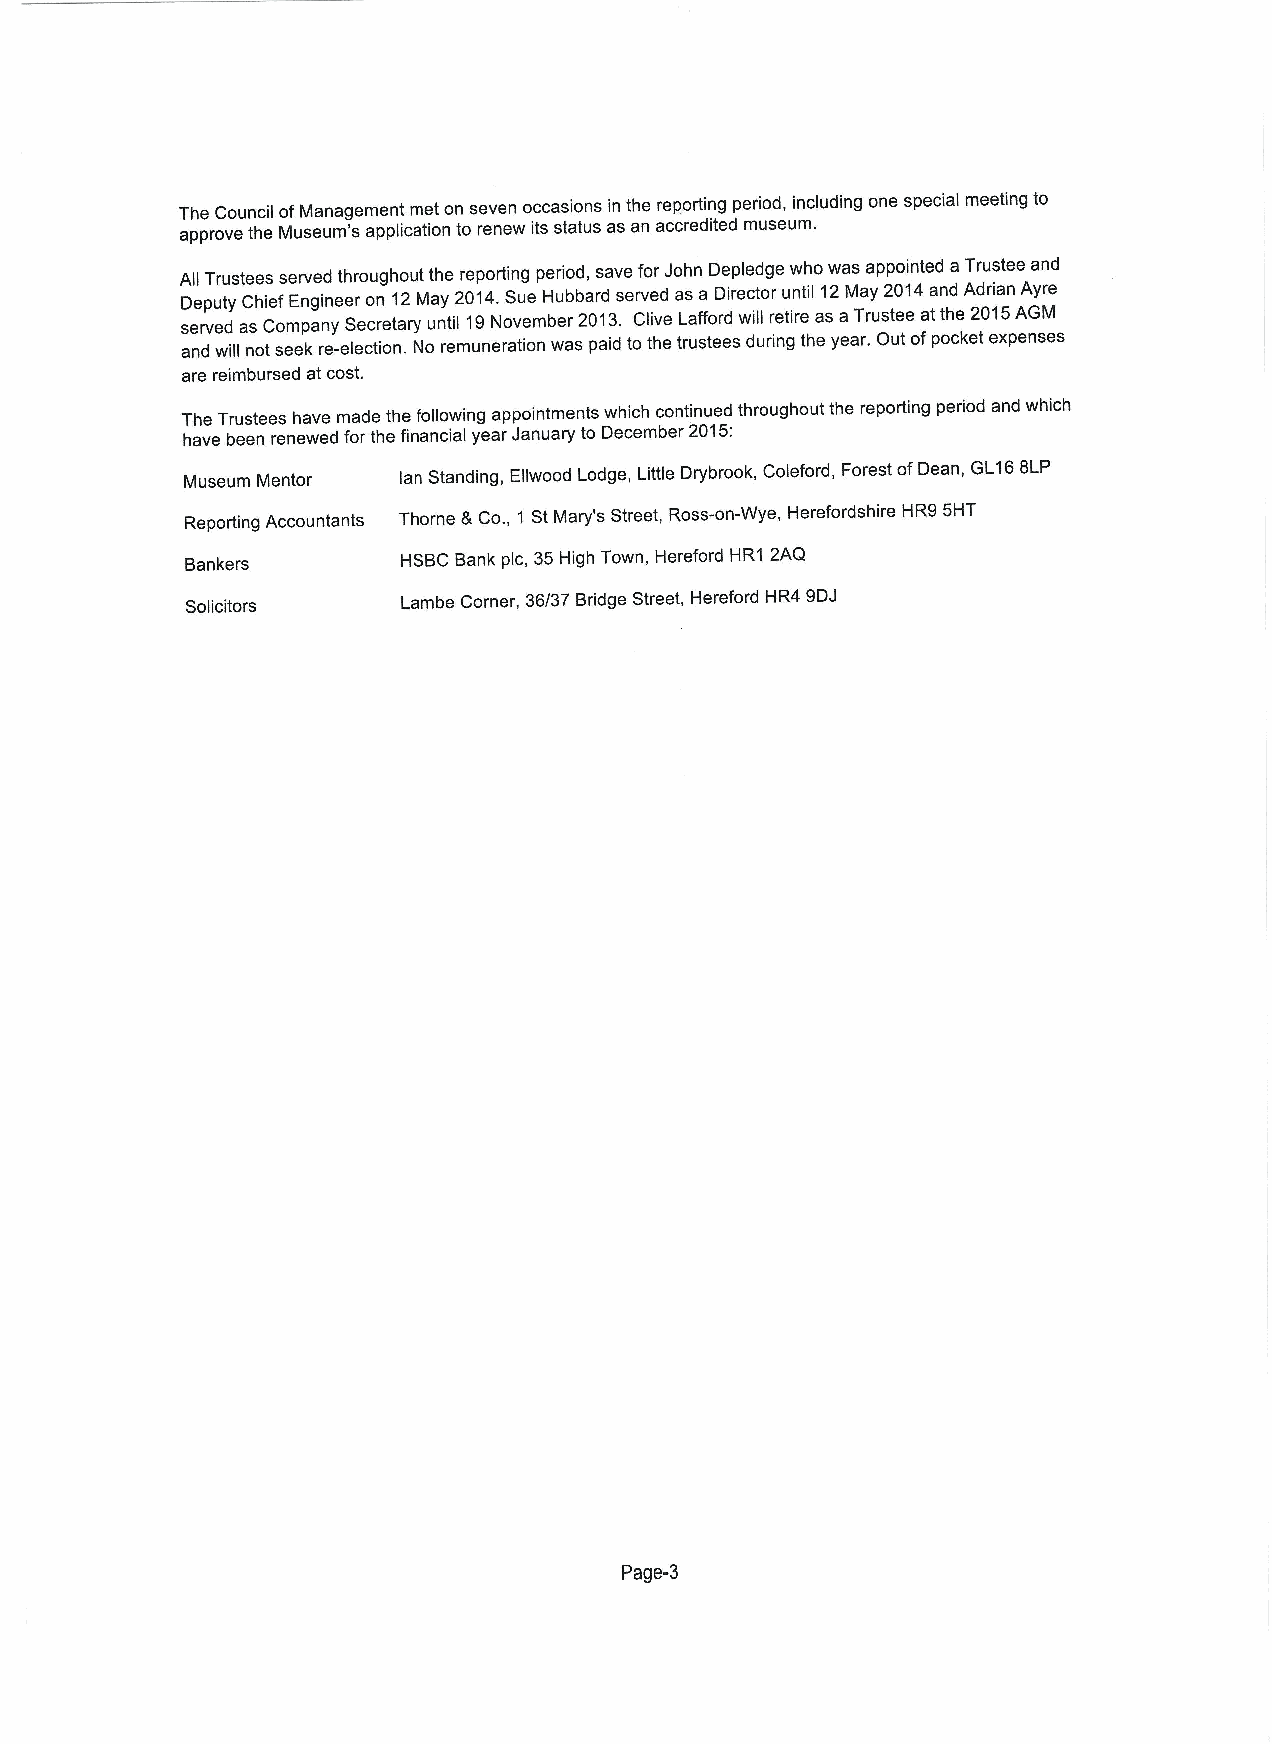
The Council ofManagement met on seven occasions in the reporting period, including one special meeting to
 approve the Museum's application to renew its status as an accredited museum.
 A Dll epT ur tyust Cee hs iefse Er nv ged inet eh rrou og nho 1u 2t Mt ah ye 2r 0ep 1o 4rt .in Sg uep Her uio bbd a, rdsav se ervfo er dJo ah sn aD De ip rele cd tog re unw tih lo 1w 2a Ms aa ypp 2o 0in 1t 4ed anda AT dru ris at nee Aa yn red
 served as Company Secretary until 19November 2013. Clive Lafford will retire as aTrustee at the 2015AGM
 and will not seek re-election. No remuneration was paid to the trustees during the year. Out ofpocket expenses
 are reimbursed at cost.
 The Trustees have made the following appointments which continued throughout the reporting period and which
 have been renewed forthe financial year January to December 2015:
 Museum Mentor lan Standing, Ellwood Lodge, Little Drybrook, Coleford, Forest ofDean, Gl 168LP
 Reporting Accountants Thorne 8 Co. , 1 StMary's Street, Ross-on-Wye, Herefordshire HR9 5HT
 Bankers        HSBC Bank pic, 35High Town, Hereford HR1 2AQ
 Solicitors     Lambe Corner, 36/37 Bridge Street, Hereford HR4 9DJ
 Page-3